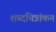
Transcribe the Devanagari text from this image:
शब्दचित्रांकन